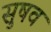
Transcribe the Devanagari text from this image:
सुषव